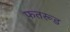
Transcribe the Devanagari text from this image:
फतरूड